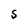
Character: S